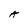
Character: A